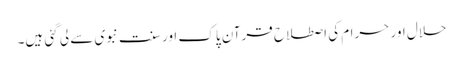
حلال اور حرام کی اصطلاح قرآن پاک اور سنت نبوی سے لی گئی ہیں۔